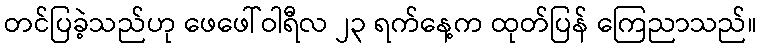
တင်ပြခဲ့သည်ဟု ဖေဖေါ်ဝါရီလ ၂၃ ရက်နေ့က ထုတ်ပြန် ကြေညာသည်။